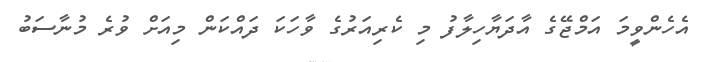
އެހެންވީމަ އަމްޖޭގެ އާދަޔާހިލާފު މި ކެރިއަރުގެ ވާހަކަ ދައްކަން މިއަށް ވުރެ މުނާސަބު